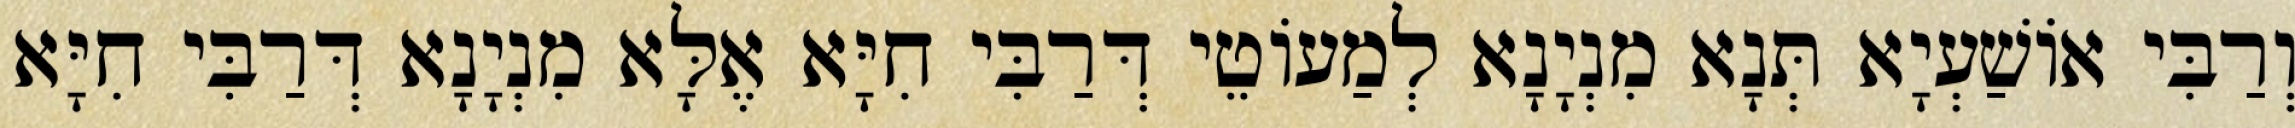
וְרַבִּי אוֹשַׁעְיָא תְּנָא מִנְיָנָא לְמַעוֹטֵי דְּרַבִּי חִיָּא אֶלָּא מִנְיָנָא דְּרַבִּי חִיָּא